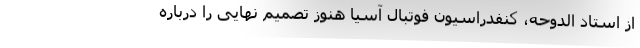
از استاد الدوحه، کنفدراسیون فوتبال آسیا هنوز تصمیم نهایی را درباره